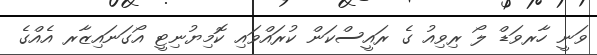
ވަނީ ހާރވަޑް ލޯ ރިވިއު ގެ ރައީސްކަން ކުރައްވައި ކޮމިޔުނިޓީ އޯގަނައިޒާރ އެއްގެ